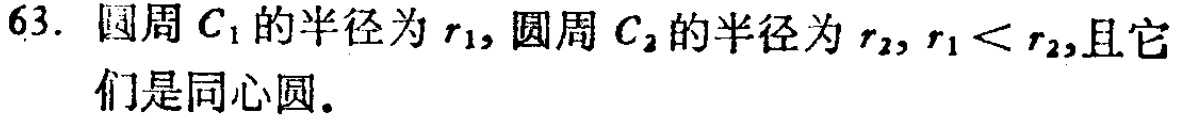
63. 圆周 \(C_{1}\) 的半径为 \(r_{1}\), 圆周 \(C_{2}\) 的半径为 \(r_{2}\), \(r_{1}<r_{2}\),且它们是同心圆.